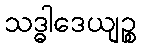
သဒ္ဓါဒေယျဉ္စ